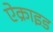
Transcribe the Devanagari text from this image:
ऐक्राइड